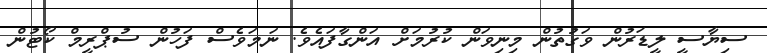
ސިޔާސީ ލީޑަރުން ވަގުތުން މިނިވަން ކުރުމަށް އަންގާފައެވެ. ނަމަވެސް ފަހުން ސުޕްރީމް ކޯޓުން